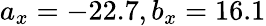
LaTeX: a_{x}=-22.7,b_{x}=16.1